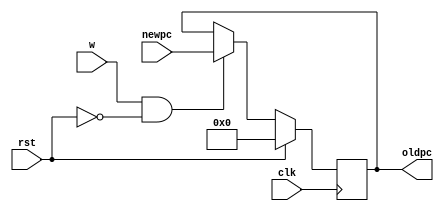
module pc(clk, rst, w, oldpc, newpc);
input clk;
parameter delay = 100;
input rst;
input w;
input [63:0] newpc;
output reg [63:0] oldpc;

always@(posedge clk)
begin
	if(rst)
	begin
		oldpc = 0;
	end
	else if(w==1&& rst==0)
	begin
		oldpc = newpc;
	end 
		
end
endmodule